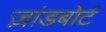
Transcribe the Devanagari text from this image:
ज़ांडबोर्ट